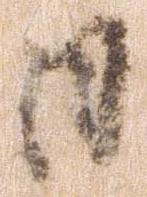
日